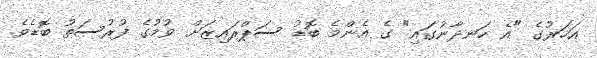
އަހަރުގެ "އެ ހަނދާނުގައި" ގެ އެންމެ ބޮޑު ސަޕްރައިޒަށް ވުމުގެ ފުރުސަތު ބޮޑެވެ.